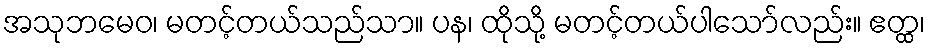
အသုဘမေဝ၊ မတင့်တယ်သည်သာ။ ပန၊ ထိုသို့ မတင့်တယ်ပါသော်လည်း။ ဧတ္ထ၊